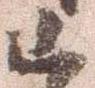
已